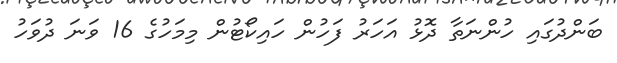
ބަންދުގައި ހުންނަތާ ދޮޅު އަހަރު ފަހުން ހައިކޯޓުން މިމަހުގެ 16 ވަަނަ ދުވަހު